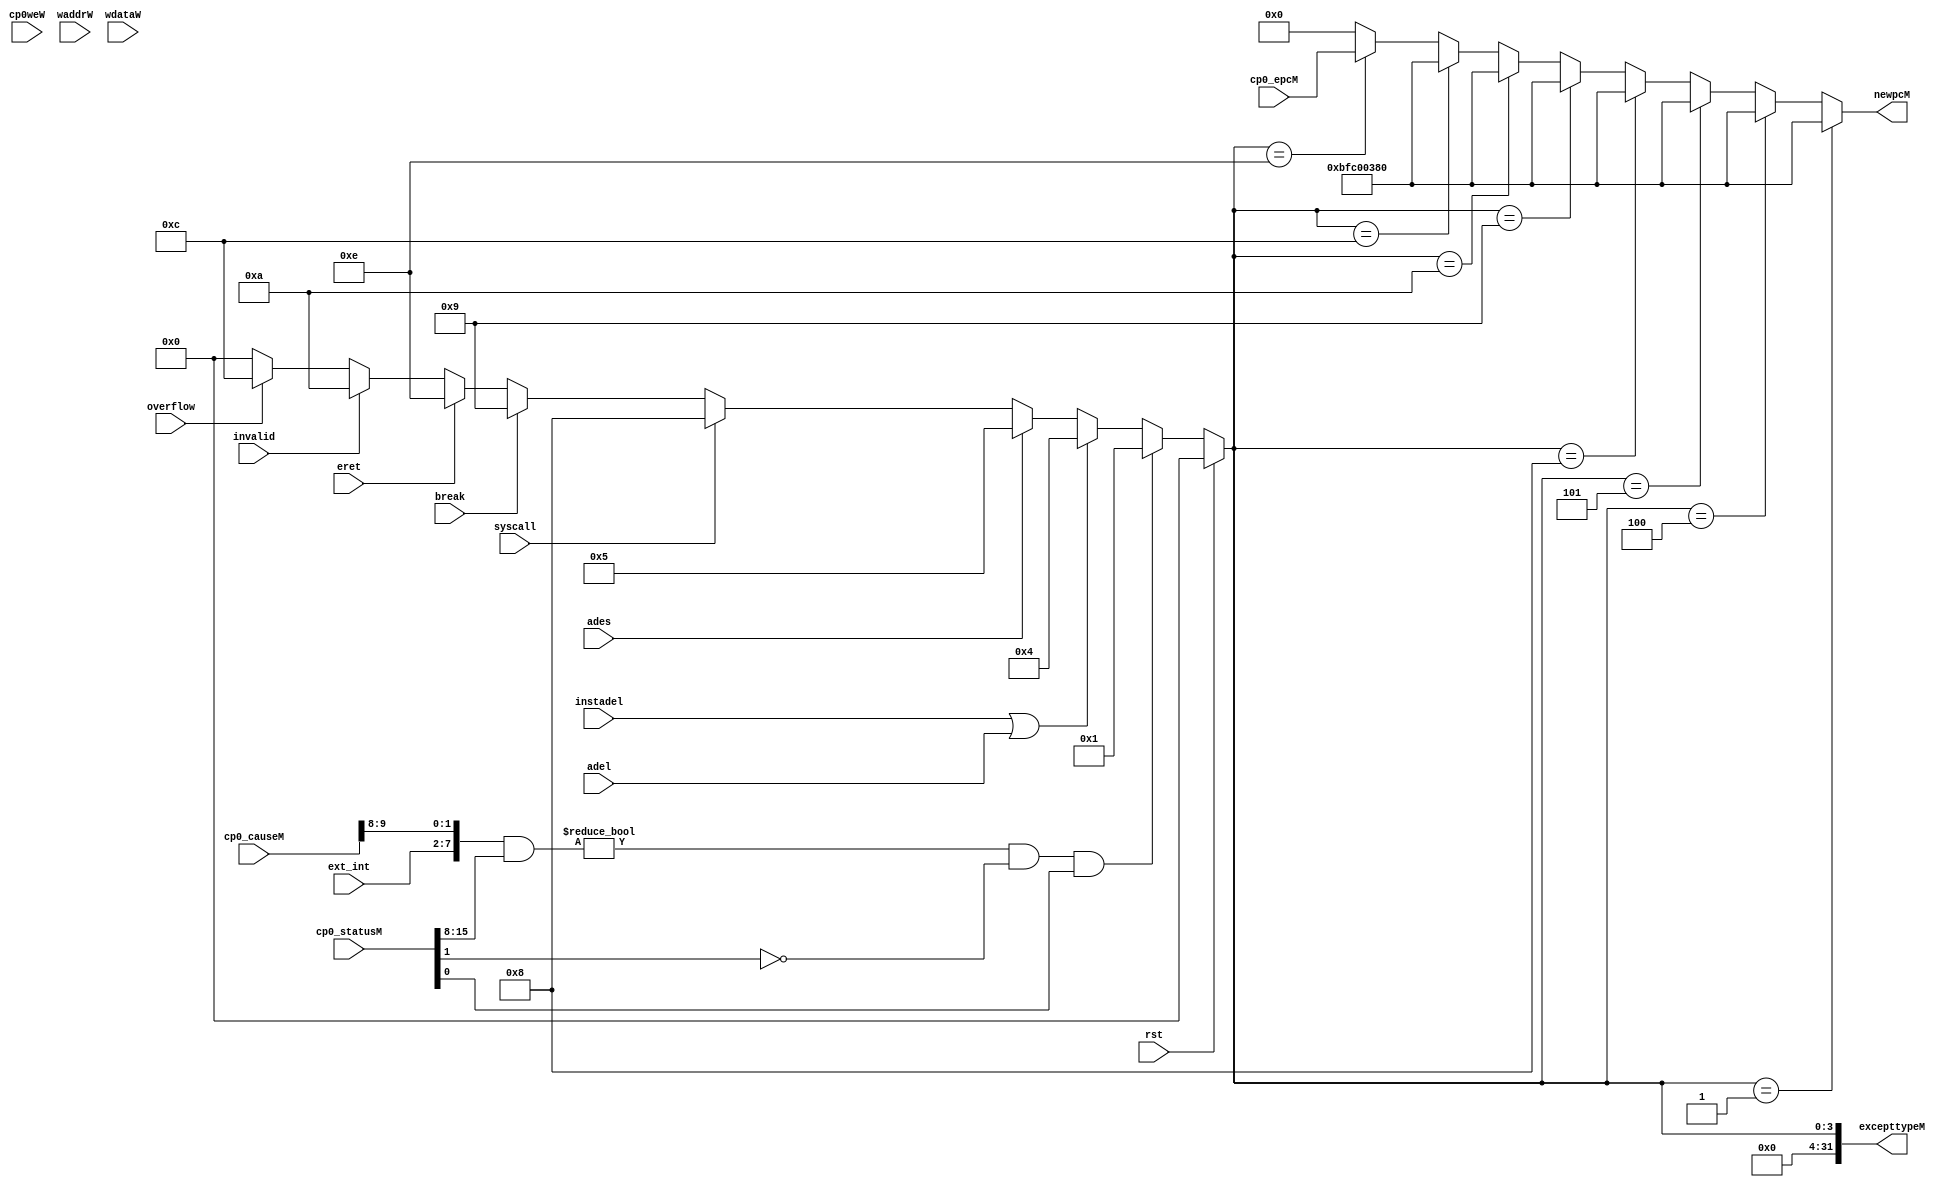
`timescale 1ns / 1ps
//////////////////////////////////////////////////////////////////////////////////
// Company: 
// Engineer: 
// 
// Design Name: 
// Module Name: exception
// Project Name: 
// Target Devices: 
// Tool Versions: 
// Description: 
// 
// Dependencies: 
// 
// Revision:
// Revision 0.01 - File Created
// Additional Comments:
// 
//////////////////////////////////////////////////////////////////////////////////
module exception(
	input wire rst,
	input wire[5:0]ext_int,

    input wire cp0weW,
    input wire [4:0]waddrW,
    input wire[31:0] wdataW,

    input wire adel,ades,
	input wire instadel,syscall,break,eret,invalid,overflow,
	input wire[31:0] cp0_statusM,cp0_causeM,cp0_epcM,
	output wire[31:0] excepttypeM,
	output wire[31:0] newpcM
	//output reg isexceptM
    );
    wire [31:0] cp0_status,cp0_cause,cp0_epc;

//    assign cp0_status = (cp0weW & (waddrW == `CP0_REG_STATUS))? wdataW:
//                        cp0_statusM;
//    assign cp0_cause = (cp0weW & (waddrW == `CP0_REG_CAUSE))? wdataW:
//                        cp0_causeM;
//    assign cp0_epc = (cp0weW & (waddrW == `CP0_REG_EPC))? wdataW:
//                        cp0_epcM;
                        
assign excepttypeM = (rst)? 32'b0:
                    ((({ext_int,cp0_causeM[9:8]} & cp0_statusM[15:8]) != 8'h00) &&
				 	 (cp0_statusM[1] == 1'b0) && (cp0_statusM[0] == 1'b1))? 32'h00000001: //int
                    (instadel | adel)? 32'h00000004://adel
                    (ades)? 32'h00000005://ades
                    (syscall)? 32'h00000008://syscall
                    (break)? 32'h00000009://break
                    (eret)? 32'h0000000e://eret
                    (invalid)? 32'h0000000a://ri
                    (overflow)? 32'h0000000c://overflow
                    32'h0;
   
//    always @(*) begin
//        if(rst)begin
//            excepttypeM <= 32'b0;
//        end else begin
//            if((cp0_status[15:8] & {6'b000000,cp0_cause[9:8]}) != 8'h00 &
//                    (cp0_status[1] == 1'b0) & cp0_status[0] == 1'b1)begin 
//                //
//               excepttypeM <= 32'h00000001; 
//            end else if(instadel | adel)begin 
//                // Load
//                excepttypeM <= 32'h00000004; 
//            end else if(ades)begin 
//                // Store
//                excepttypeM <= 32'h00000005;  
//            end else if(syscall)begin 
//                // SYSCALL
//                excepttypeM <= 32'h00000008; 
//            end else if(break)begin 
//                // BREAK
//                excepttypeM <= 32'h00000009;
//            end else if(invalid)begin 
//                // 
//                excepttypeM <= 32'h0000000a;
//            end else if(overflow)begin 
//                // 
//                excepttypeM <= 32'h0000000c;
//            end
//             else if(eret)begin 
//                // ERET
//                excepttypeM <= 32'h0000000e;
//            end else begin
//                excepttypeM <= 32'b0;
//             end
//        end
//    end                 







assign newpcM = (excepttypeM == 32'h00000001)? 32'hbfc00380:
                (excepttypeM == 32'h00000004)? 32'hbfc00380:
                (excepttypeM == 32'h00000005)? 32'hbfc00380:
                (excepttypeM == 32'h00000008)? 32'hbfc00380:
                (excepttypeM == 32'h00000009)? 32'hbfc00380:
                (excepttypeM == 32'h0000000a)? 32'hbfc00380:
                (excepttypeM == 32'h0000000c)? 32'hbfc00380:
                (excepttypeM == 32'h0000000e)? cp0_epcM:
                32'b0;

endmodule